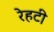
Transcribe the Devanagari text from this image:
रेहटी